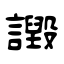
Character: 譭